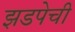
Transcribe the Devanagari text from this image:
झडपेची